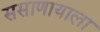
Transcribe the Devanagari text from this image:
ससाणायाला